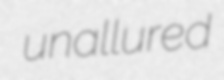
unallured